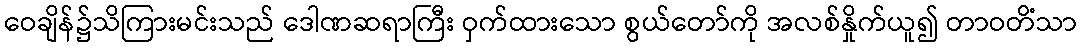
ဝေချိန်၌သိကြားမင်းသည် ဒေါဏဆရာကြီး ဝှက်ထားသော စွယ်တော်ကို အလစ်နှိုက်ယူ၍ တာဝတိံသာ